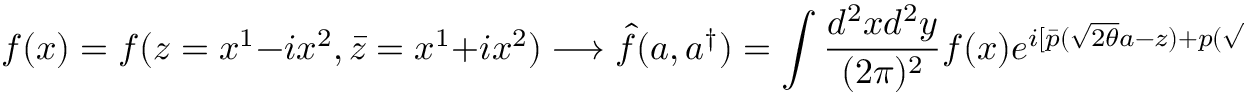
f ( x ) = f ( z = x ^ { 1 } - i x ^ { 2 } , \bar { z } = x ^ { 1 } + i x ^ { 2 } ) \longrightarrow \hat { f } ( a , a ^ { \dagger } ) = \int \frac { d ^ { 2 } x d ^ { 2 } y } { ( 2 \pi ) ^ { 2 } } f ( x ) e ^ { i [ \bar { p } ( \sqrt { 2 \theta } a - z ) + p ( \sqrt { 2 \theta } a ^ { \dagger } - \bar { z } ) ] } ,